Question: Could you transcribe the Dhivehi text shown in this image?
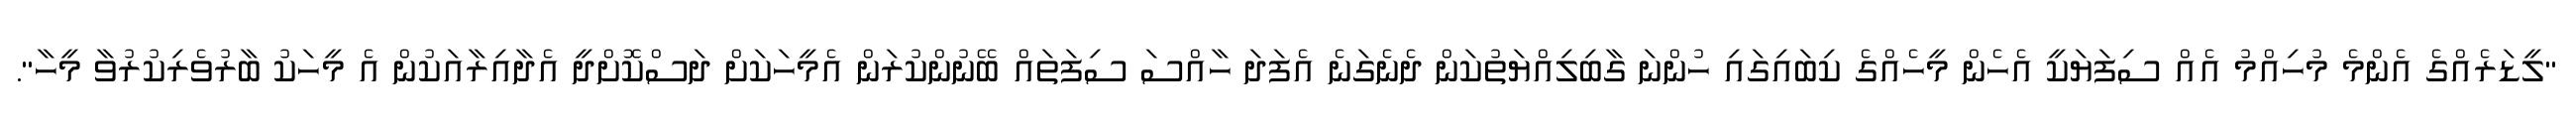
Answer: "ލީޑަރެއްގެ އެންމެ މުހިއްމު އެއް ސިފަޔަކީ އެހެން މީހެއްގެ ކިބައިގައި ހުންނަ ގާބިލިއްޔަތުކަން ދެނެގަނެ އެފަދަ ހާއްސަ ސިފަތައް ބޭނުންކުރަން އެމީހަކަށް ދަސްކޮށްދީ އެދާއިރާއަކުން އެ މީހަކު ބާރުވެރިކުރުވާ މީހާ".